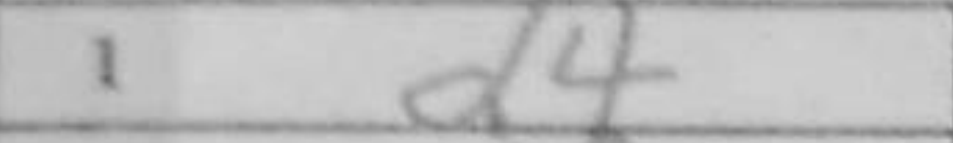
Transcription: d4